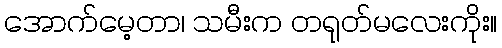
အောက်မေ့တာ၊ သမီးက တရုတ်မလေးကိုး။